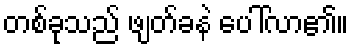
တစ်ခုသည် ဖျတ်ခနဲ ပေါ်လာ၏။